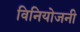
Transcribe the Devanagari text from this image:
विनियोजनी